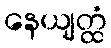
နေယျတ္ထံ